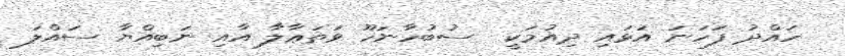
ހައްދު ފަހަނަ އަޅައި ދިއުމަކީ  ސުބުހާނަހޫ ވަތަޢާލާ އާއި ނަބިއްޔާ ސައްލަ